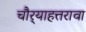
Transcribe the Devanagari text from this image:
चौर्‍याहत्तरावा